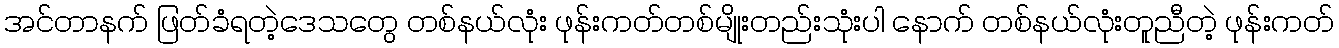
အင်တာနက် ဖြတ်ခံရတဲ့ဒေသတွေ တစ်နယ်လုံး ဖုန်းကတ်တစ်မျိုးတည်းသုံးပါ နောက် တစ်နယ်လုံးတူညီတဲ့ ဖုန်းကတ်